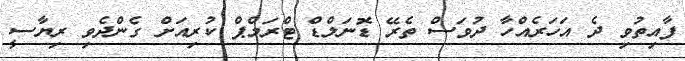
ފާއިތުވި ދެ އަހަރެއްހާ ދުވަސް ތެރޭ ޑޮނަލްޑް ޓްރަމްޕް ކުރިއަށް ގެންދެވި ރިޔާސީ